Madras plague regulations in force outside the Presidency town - Volume 3
Disease focus: Plague
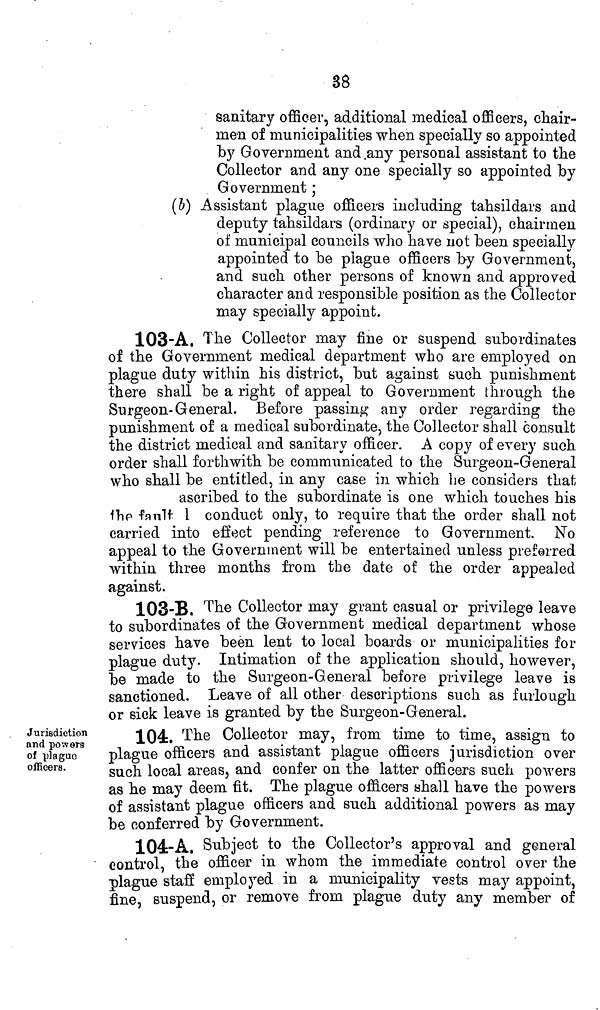
38
sanitary officer, additional medical officers, chair-
men of municipalities when specially so appointed
by Government and any personal assistant to the
Collector and any one specially so appointed by
Government ;
(b) Assistant plague officers including tahsildars and
deputy tahsildars (ordinary or special), chairmen
of municipal councils who have not been specially
appointed to be plague officers by Government,
and such other persons of known and approved
character and responsible position as the Collector
may specially appoint.
103-A. The Collector may fine or suspend subordinates
of the Government medical department who are employed on
plague duty within his district, but against such punishment
there shall be a right of appeal to Government through the
Surgeon-General. Before passing any order regarding the
punishment of a medical subordinate, the Collector shall consult
the district medical and sanitary officer. A copy of every such
order shall forthwith be communicated to the Surgeon-General
who shall be entitled, in any case in which he considers that
ascribed to the subordinate is one which touches his
the fault 1 conduct only, to require that the order shall not
carried into effect pending reference to Government. No
appeal to the Government will be entertained unless preferred
within three months from the date of the order appealed
against.
103-B. The Collector may grant casual or privilege leave
to subordinates of the Government medical department whose
services have been lent to local boards or municipalities for
plague duty. Intimation of the application should, however,
be made to the Surgeon-General before privilege leave is
sanctioned. Leave of all other descriptions such as furlough
or sick leave is granted by the Surgeon-General.
Jurisdiction
and powers
of plague
officers.
104:. The Collector may, from time to time, assign to
plague officers and assistant plague officers jurisdiction over
such local areas, and confer on the latter officers such powers
as he may deem fit. The plague officers shall have the powers
of assistant plague officers and such additional powers as may
be conferred by Government.
104-A. Subject to the Collector's approval and general
control, the officer in whom the immediate control over the
plague staff employed in a municipality vests may appoint,
fine, suspend, or remove from plague duty any member of